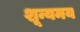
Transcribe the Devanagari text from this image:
शून्यमय